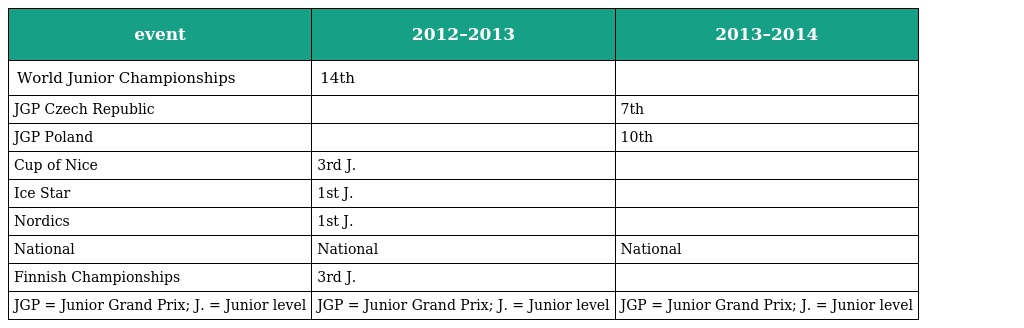
| event | 2012–2013 | 2013–2014 |
 | --- | --- | --- |
 | World Junior Championships | 14th |  |
 | JGP Czech Republic |  | 7th |
 | JGP Poland |  | 10th |
 | Cup of Nice | 3rd J. |  |
 | Ice Star | 1st J. |  |
 | Nordics | 1st J. |  |
 | National | National | National |
 | Finnish Championships | 3rd J. |  |
 | JGP = Junior Grand Prix; J. = Junior level | JGP = Junior Grand Prix; J. = Junior level | JGP = Junior Grand Prix; J. = Junior level |